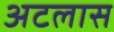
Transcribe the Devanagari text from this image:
अटलास